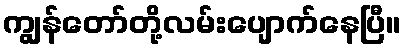
ကျွန်တော်တို့လမ်းပျောက်နေပြီ။